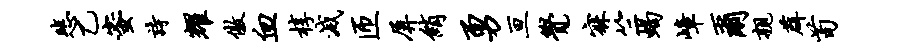
悲乙蜜诗耀傲血椁灭匝屏绡勇亘觉寐竺蝎嶂尔亲薜荀